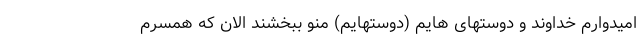
امیدوارم خداوند و دوستهای هایم (دوستهایم) منو ببخشند الان که همسرم